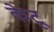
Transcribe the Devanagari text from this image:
केटू